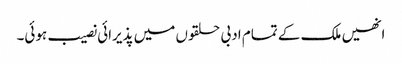
انھیں ملک کے تمام ادبی حلقوں میں پذیرائی نصیب ہوئی۔